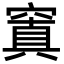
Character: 窴